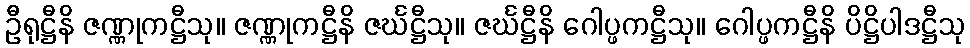
ဦရုဋ္ဌီနိ ဇဏ္ဏုကဋ္ဌီသု။ ဇဏ္ဏုကဋ္ဌီနိ ဇင်္ဃဋ္ဌီသု။ ဇင်္ဃဋ္ဌီနိ ဂေါပ္ဖကဋ္ဌီသု။ ဂေါပ္ဖကဋ္ဌီနိ ပိဋ္ဌိပါဒဋ္ဌီသု